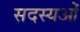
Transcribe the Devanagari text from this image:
सदस्यओं